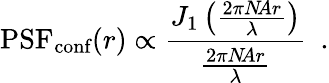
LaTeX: \textrm{PSF}_{\textrm{conf}}(r)\propto\frac{J_{1}\left(\frac{2\pi N\! Ar}{\lambda}\right)}{\frac{2\pi N\! Ar}{\lambda}}\ \ .